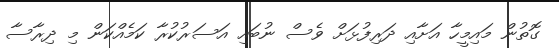
ގޮތުން މައިމީހާ އަށާއި ދަރިފުޅަށް ވެސް ނުބައި އަސަރުކުރާ ކަމެއްކަން މި ދިރާސާ